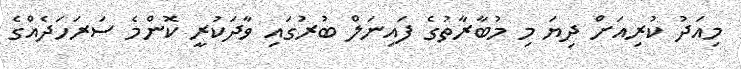
މިއަދު ކުރިއަށް ދިޔަ މި މުބާރާތުގެ ފައިނަލް ބުރުގައި ވާދަކުރީ ކޮންމެ ސަރަހަދެއްގެ